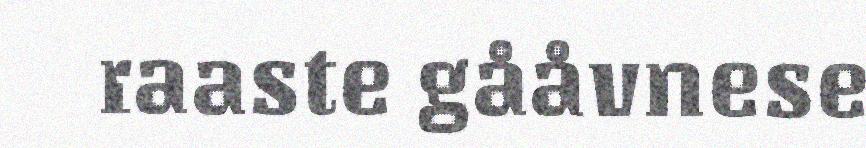
raaste gååvnese